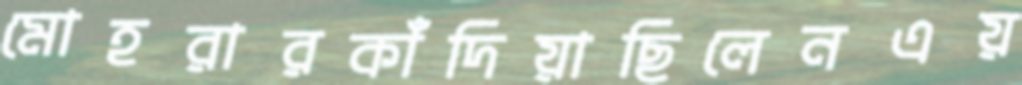
মোহরারকাঁদিয়াছিলেনএয়